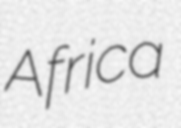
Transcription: Africa